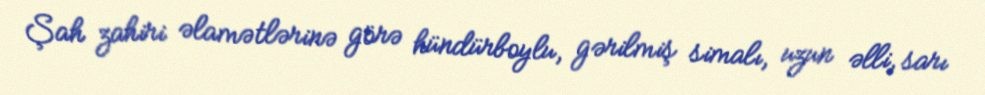
Şah zahiri əlamətlərinə görə hündürboylu, gərilmiş simalı, uzun əlli, sarı